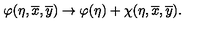
\varphi ( \eta , \overline { { x } } , \overline { { y } } ) \rightarrow \varphi ( \eta ) + \chi ( \eta , \overline { { x } } , \overline { { y } } ) .